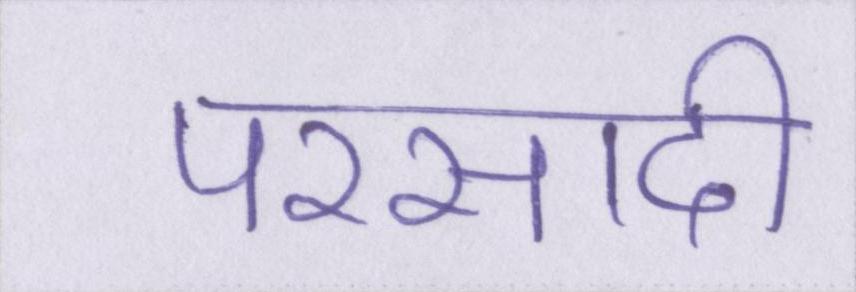
परसादी